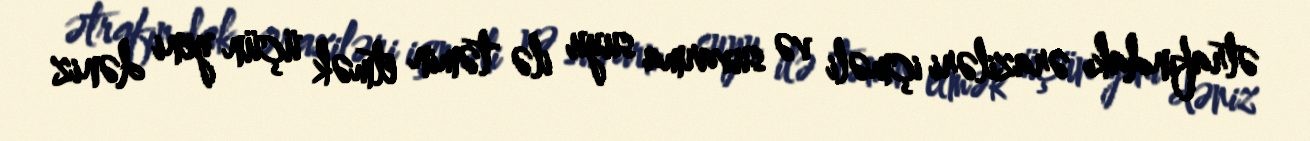
ətrafındakı əraziləri içməli və suvarma suyu ilə təmin etmək üçün yeni dəniz